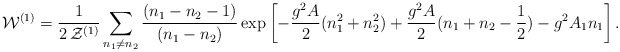
\begin{align*}{\cal W}^{(1)}=\frac{1}{2\,{\cal Z}^{(1)}}\sum_{n_1\neq n_2}\frac{(n_1-n_2-1)}{(n_1-n_2)}\exp\left [-\frac{g^2 A}{2}(n_1^2+n_2^2)+\frac{g^2 A}{2}(n_1+n_2-\frac{1}{2})-g^2A_1n_1\right].\end{align*}